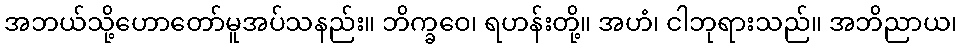
အဘယ်သို့ဟောတော်မူအပ်သနည်း။ ဘိက္ခဝေ၊ ရဟန်းတို့။ အဟံ၊ ငါဘုရားသည်။ အဘိညာယ၊